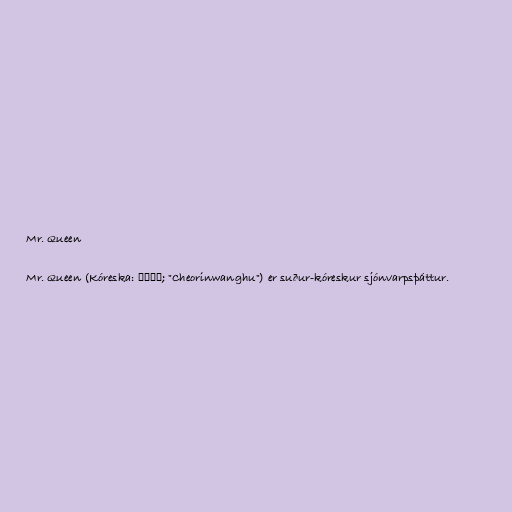
Mr. Queen

Mr. Queen (Kóreska: 철인왕후; "Cheorinwanghu") er suður-kóreskur sjónvarpsþáttur.